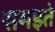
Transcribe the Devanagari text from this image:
समझ्ते